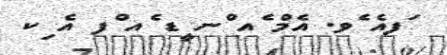
ަފއެ ެވ. އެމް ެއ ްނ ީޑ ެއ ްފ އެ ިކ